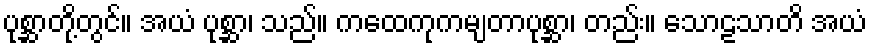
ပုစ္ဆာတို့တွင်။ အယံ ပုစ္ဆာ၊ သည်။ ကထေကုကမျတာပုစ္ဆာ၊ တည်း။ သောဠသာတိ အယံ